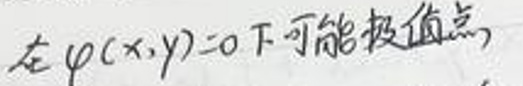
在\(\varphi(x,y)=0\)下可能极值点，